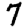
Digit: 7